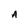
Character: A